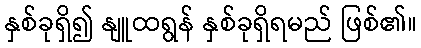
နှစ်ခုရှိ၍ နျူထရွန် နှစ်ခုရှိရမည် ဖြစ်၏။